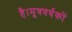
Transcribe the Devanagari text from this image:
है।मूत्रवर्धकों